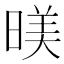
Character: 𣈸